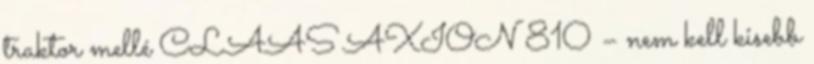
traktor mellé CLAAS AXION 810 – nem kell kisebb